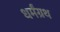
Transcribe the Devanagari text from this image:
धर्मंग्रथ